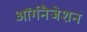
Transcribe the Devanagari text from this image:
ऑर्गनैजेशन